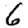
Digit: 6